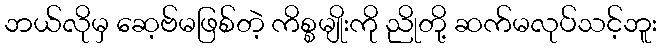
ဘယ်လိုမှ ဆေ့ဗ်မဖြစ်တဲ့ ကိစ္စမျိုးကို ညိုတို့ ဆက်မလုပ်သင့်ဘူး